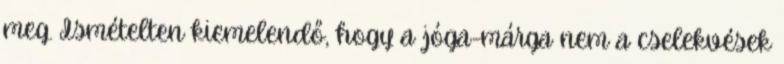
meg. Ismételten kiemelendő, hogy a jóga-márga nem a cselekvések